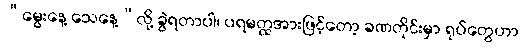
“မွေးနေ့ သေနေ့”လို့ ခွဲရတာပါ၊ ပရမတ္ထအားဖြင့်တော့ ခဏတိုင်းမှာ ရုပ်တွေဟာ